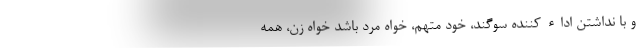
و با نداشتن اداء کننده سوگند، خود متهم، خواه مرد باشد خواه زن، همه